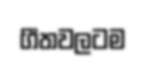
ගීතවලටම